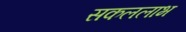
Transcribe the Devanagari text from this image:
सकललाभ